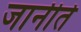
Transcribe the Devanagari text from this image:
जानीते